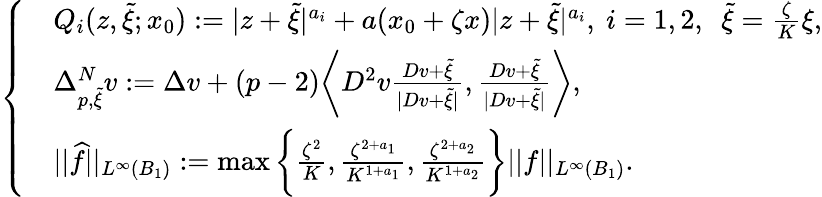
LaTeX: \left\{ \begin{array}{rl}&{Q_{i}(z,\widetilde{\xi};x_{0}):=|z+\widetilde{\xi}|^{a_{i}}+a(x_{0}+\zeta x)|z+\widetilde{\xi}|^{a_{i}},\ i=1,2,\ \ \widetilde{\xi}=\frac{\zeta}{K}\xi,}\\ &{\Delta_{p,\widetilde{\xi}}^{N}v:=\Delta v+(p-2)\bigg\langle D^{2}v\frac{Dv+\widetilde{\xi}}{|Dv+\widetilde{\xi}|},\frac{Dv+\widetilde{\xi}}{|Dv+\widetilde{\xi}|}\bigg\rangle,}\\ &{||\widehat{f}||_{L^{\infty}(B_{1})}:=\operatorname*{max}\bigg\{ \frac{\zeta^{2}}{K},\frac{\zeta^{2+a_{1}}}{K^{1+a_{1}}},\frac{\zeta^{2+a_{2}}}{K^{1+a_{2}}}\bigg\} ||f||_{L^{\infty}(B_{1})}.}\end{array}\right.